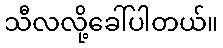
သီလလို့ခေါ်ပါတယ်။